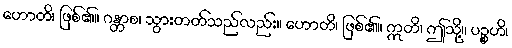
ဟောတိ၊ ဖြစ်၏။ ဂန္တာစ၊ သွားတတ်သည်လည်း။ ဟောတိ၊ ဖြစ်၏။ ဣတိ၊ ဤသို့။ ပဉ္စဟိ၊